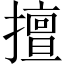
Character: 擅